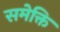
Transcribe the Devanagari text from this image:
समेक्ति